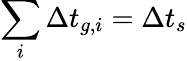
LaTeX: \sum_{i}\Delta t_{g,i}=\Delta t_{s}